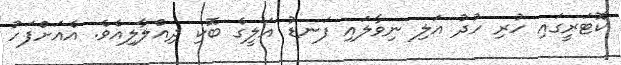
ކޮޓަރީގައި ހުރި ހުދު އަލި ނިވާލައި ފަނޑު އަލީގެ ބޮކި ދިއްލާލިއެވެ. އެއަށްފަހު